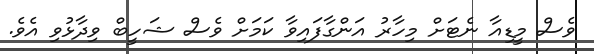
ވެސް މީޑިއާ ނެޓަށް މިހާރު އަންގާފައިވާ ކަމަށް ވެސް ޝަހީބް ވިދާޅުވި އެވެ.